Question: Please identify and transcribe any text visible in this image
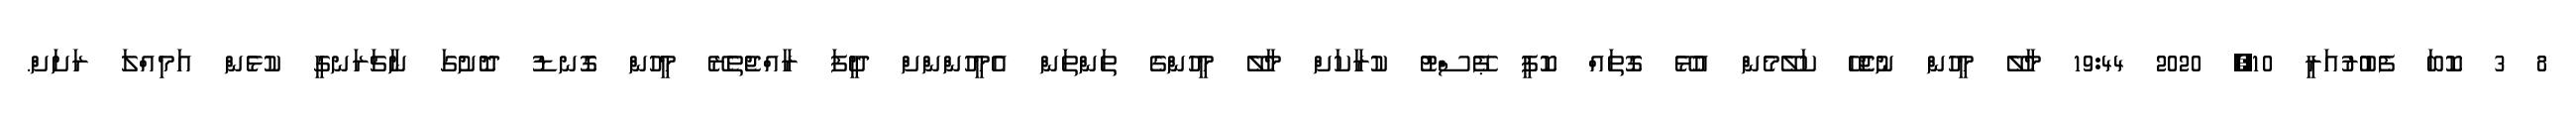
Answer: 8 3 ކޮބަ ފެބުރުއަރީ 10, 2020 19:44 މާލޭ މީހުން ނުޖެހޭ ކަލޭމެން އުޅޭ ގޮތައް ކޮޕީ ޕޭސްޓު ކުރާކަށް މާލޭ މީހުންގެ ތަންތަން އެމީހުންންށް ދީފަ ރާއްޖެތެރޭ މީހުން ގޮނޑު ދޮށުގަ ނާޗަރަނގީ ކުޅެން އަމިއްލަ ރަށަށް.